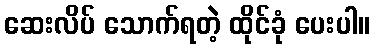
ဆေးလိပ် သောက်ရတဲ့ ထိုင်ခုံ ပေးပါ။